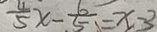
\frac { 4 } { 5 } x - \frac { 6 } { 5 } = x - 3